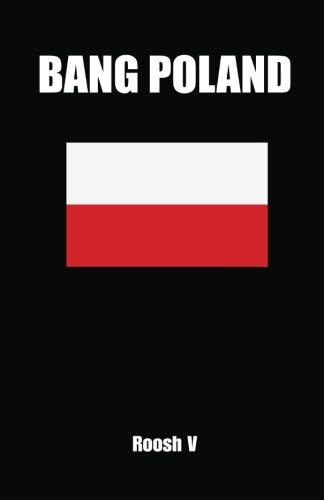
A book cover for Bang Poland: How To Make Love With Polish Girls In Poland; Roosh V; Travel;